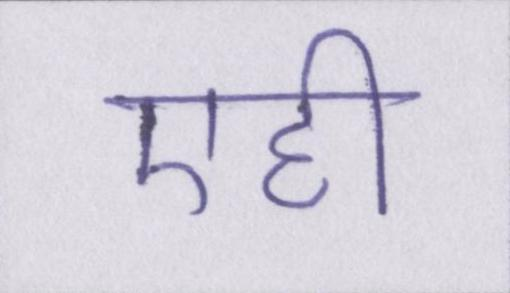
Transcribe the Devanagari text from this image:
एही